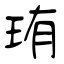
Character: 珛